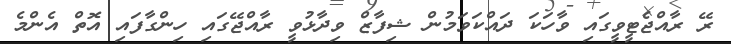
ރޭ ރާއްޖެޓީވީގައި ވާހަކަ ދައްކަވަމުން ޝިފާޒް ވިދާޅުވީ ރާއްޖޭގައި ހިންގާފައި އޮތް އެންމެ